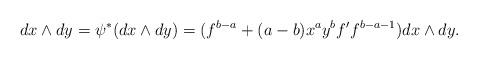
LaTeX: \begin{align*}dx \wedge dy = \psi^*(dx\wedge dy)=(f^{b-a}+(a-b)x^ay^bf'f^{b-a-1})dx\wedge dy.\end{align*}